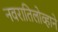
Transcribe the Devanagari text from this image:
नवरातिलोव्हाने